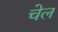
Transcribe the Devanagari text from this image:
चेल